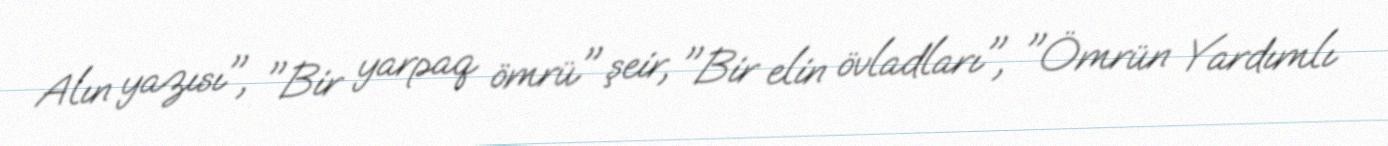
Alın yazısı", "Bir yarpaq ömrü" şeir, "Bir elin övladları", "Ömrün Yardımlı